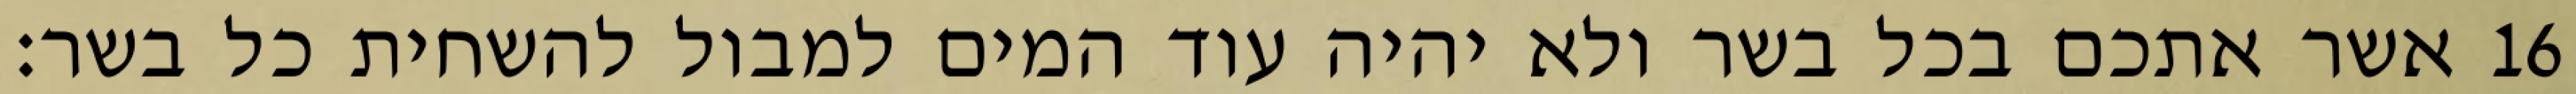
אשר אתכם בכל בשר ולא יהיה עוד המים למבול להשחית כל בשר׃ ‎16‏